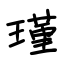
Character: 瑾